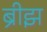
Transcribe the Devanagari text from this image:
ब्रीझ